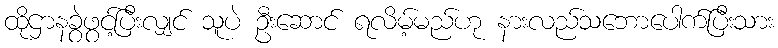
ထိုဌာနခွဲဖွင့်ပြီးလျှင် သူပဲ ဦးဆောင် ရလိမ့်မည်ဟု နားလည်သဘောပေါက်ပြီးသား